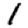
Digit: 1